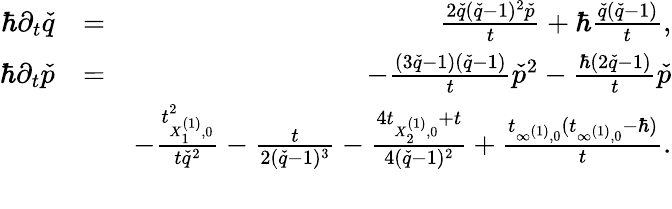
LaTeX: \begin{array}{rlr}{\hbar\partial_{t}\check{q}}&{=}&{\frac{2\check{q}(\check{q}-1)^{2}\check{p}}{t}+\hbar\frac{\check{q}(\check{q}-1)}{t},}\\ {\hbar\partial_{t}\check{p}}&{=}&{-\frac{(3\check{q}-1)(\check{q}-1)}{t}\check{p}^{2}-\frac{\hbar(2\check{q}-1)}{t}\check{p}}\\ &{}&{-\frac{t_{X_{1}^{(1)},0}^{2}}{t\check{q}^{2}}-\frac{t}{2(\check{q}-1)^{3}}-\frac{4t_{X_{2}^{(1)},0}+t}{4(\check{q}-1)^{2}}+\frac{t_{\infty^{(1)},0}(t_{\infty^{(1)},0}-\hbar)}{t}.}\\ &{}&\end{array}